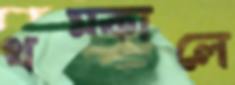
থম্‌কালে